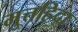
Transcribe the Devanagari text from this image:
मुत्तह़िदा